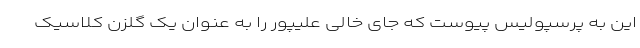
این به پرسپولیس پیوست که جای خالی علیپور را به عنوان یک گلزن کلاسیک